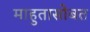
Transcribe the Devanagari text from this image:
माहुतासोबत